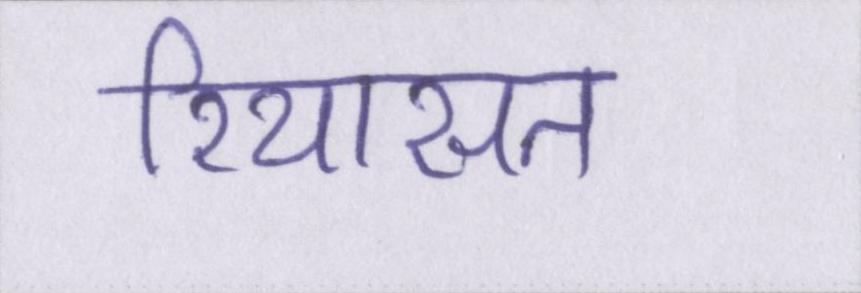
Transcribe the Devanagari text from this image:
रियासत